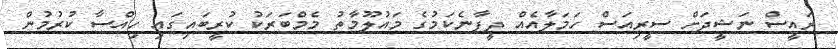
ރައީސް ނަޝީދަށް ސީރިއަސް ހަމަލާއެއް ދީފާނެކަމުގެ މައުލޫމާތު މެމްބަރަކު ކުރީބައިގައި ހިއްސާ ކުރުމުން